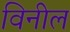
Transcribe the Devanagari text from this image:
विनील